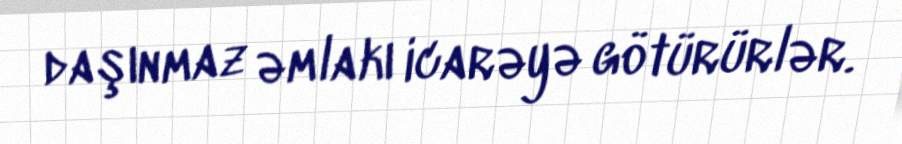
daşınmaz əmlakı icarəyə götürürlər.